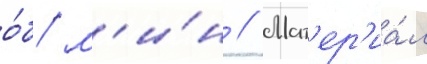
о́б/ м'и́н // Мат'ер'иа́л